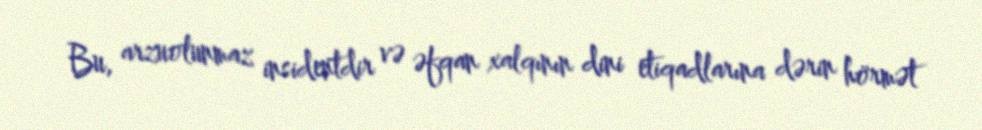
Bu, arzuolunmaz insidentdir və əfqan xalqının dini etiqadlarına dərin hörmət